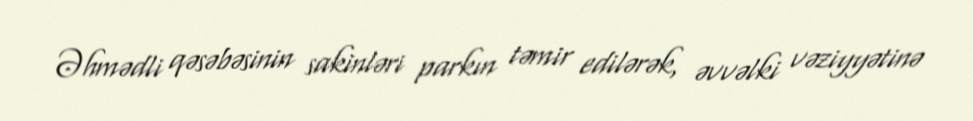
Əhmədli qəsəbəsinin sakinləri parkın təmir edilərək, əvvəlki vəziyyətinə